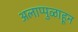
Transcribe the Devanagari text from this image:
अलाप्पुळाहून